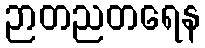
ဉာတညတရေန